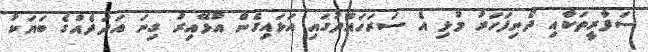
ސަފާރީތަކާއި ދޯނިފަހަރު މުޅި އެ ސަރަހައްދުގައި އަޅައިގެން އުޅޭއިރު ގިނަ އަދަދެއްގެ ބަޔަކު